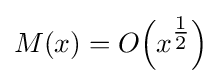
M(x)=O{\Big (}x^{\tfrac {1}{2}}{\Big )}